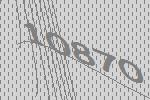
10870